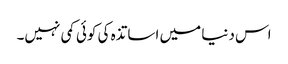
اس دنیا میں اساتذہ کی کوئی کمی نہیں۔